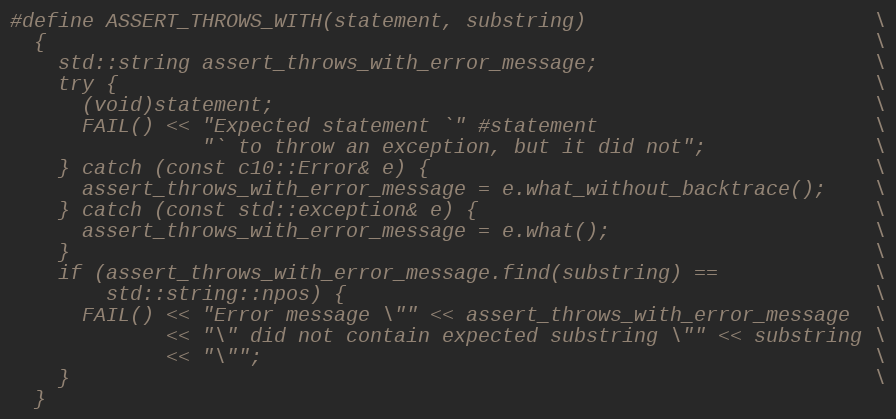
Language: C
#define ASSERT_THROWS_WITH(statement, substring)                        \
  {                                                                     \
    std::string assert_throws_with_error_message;                       \
    try {                                                               \
      (void)statement;                                                  \
      FAIL() << "Expected statement `" #statement                       \
                "` to throw an exception, but it did not";              \
    } catch (const c10::Error& e) {                                     \
      assert_throws_with_error_message = e.what_without_backtrace();    \
    } catch (const std::exception& e) {                                 \
      assert_throws_with_error_message = e.what();                      \
    }                                                                   \
    if (assert_throws_with_error_message.find(substring) ==             \
        std::string::npos) {                                            \
      FAIL() << "Error message \"" << assert_throws_with_error_message  \
             << "\" did not contain expected substring \"" << substring \
             << "\"";                                                   \
    }                                                                   \
  }